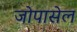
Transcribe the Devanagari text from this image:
जोपासेल